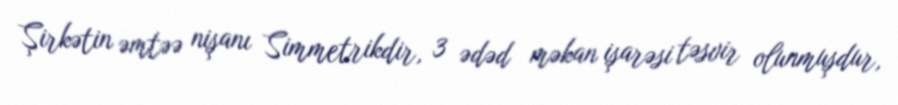
Şirkətin əmtəə nişanı Simmetrikdir, 3 ədəd məkan işarəsi təsvir olunmuşdur,